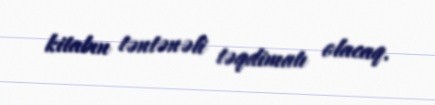
kitabın təntənəli təqdimatı olacaq.